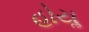
હોયૢ